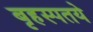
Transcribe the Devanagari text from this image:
बृहस्पतये